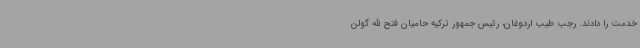
خدمت را دادند. رجب طیب اردوغان، رئیس جمهور ترکیه حامیان فتح الله گولن